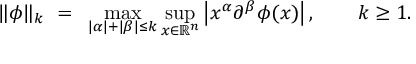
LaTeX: \| \phi \| _ { k } ~ = ~ \operatorname* { m a x } _ { | \alpha | + | \beta | \leq k } \operatorname* { s u p } _ { x \in \mathbb { R } ^ { n } } \left| x ^ { \alpha } \partial ^ { \beta } \phi ( x ) \right| , \qquad k \geq 1 .